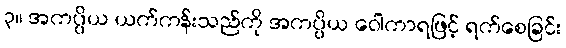
၃။ အကပ္ပိယ ယက်ကန်းသည်ကို အကပ္ပိယ ဝေါကာရဖြင့် ရက်စေခြင်း